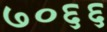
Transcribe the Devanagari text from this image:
७०६६